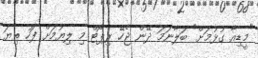
"މީޑިއާ ގުޅުމަށް" ބަލާނަމަ ދޭން ޖެހޭ ރިޕޯޓް މި ލިޔުމަށް ފަހު ތިޔަ